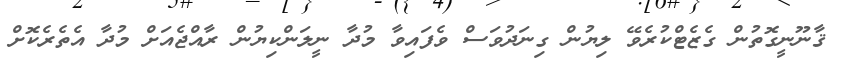
ޤާނޫނީގޮތުން ގެޒެޓްކުރެވޭ ލިޔުން ގިނަދުވަސް ވެފައިވާ މުދާ ނީލަންކިޔުން ރާއްޖެއަށް މުދާ އެތެރެކޮށް